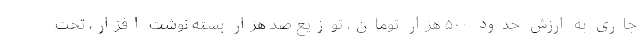
جاری به ارزش حدود ۵۰۰ هزار تومان، توزیع صد هزار بسته نوشت افزار، تحت